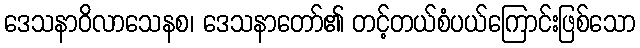
ဒေသနာဝိလာသေနစ၊ ဒေသနာတော်၏ တင့်တယ်စံပယ်ကြောင်းဖြစ်သော